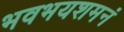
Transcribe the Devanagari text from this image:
भवभयशमनं